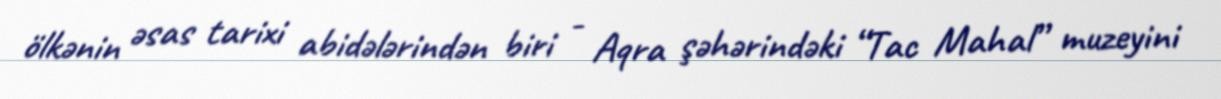
ölkənin əsas tarixi abidələrindən biri - Aqra şəhərindəki “Tac Mahal” muzeyini